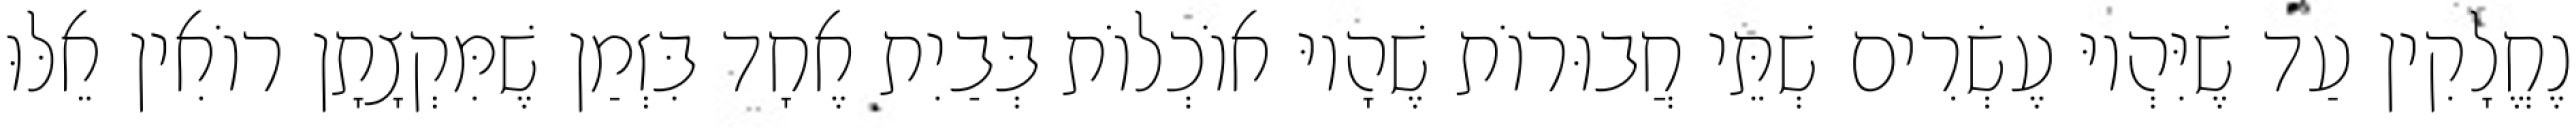
נֶחֱלָקִין עַד שֶׁיִּהְיוּ עֶשְׂרִים שְׁתֵּי חֲבוּרוֹת שֶׁהָיוּ אוֹכְלוֹת בְּבַיִת אֶחָד בִּזְמַן שֶׁמִּקְצָתָן רוֹאִין אֵלּוּ